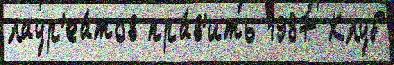
лаур'еа́тов пра́в'ить 1987 Клуб